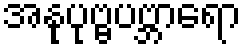
အနုပုဗ္ဗပဗ္ဘာရော